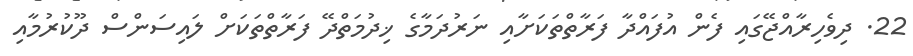
22. ދިވެހިރާއްޖޭގައި ފެން އުފައްދާ ފަރާތްތަކަށާއި ނަރުދަމާގެ ޚިދުމަތްދޭ ފަރާތްތަކަށް ލައިސަންސް ދޫކުރުމާއި